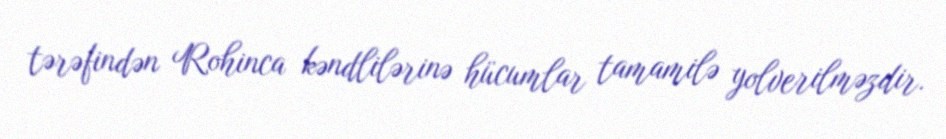
tərəfindən Rohinca kəndlilərinə hücumlar tamamilə yolverilməzdir.